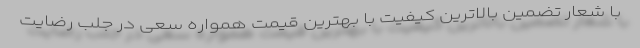
با شعار تضمین بالاترین کیفیت با بهترین قیمت همواره سعی در جلب رضایت